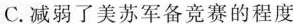
C.减弱了美苏军备竞赛的程度